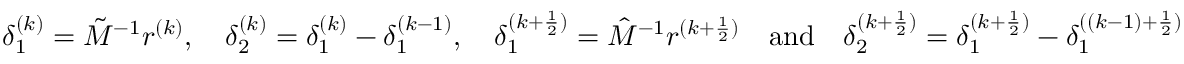
\delta _ { 1 } ^ { ( k ) } = \tilde { M } ^ { - 1 } r ^ { ( k ) } , \quad \delta _ { 2 } ^ { ( k ) } = \delta _ { 1 } ^ { ( k ) } - \delta _ { 1 } ^ { ( k - 1 ) } , \quad \delta _ { 1 } ^ { ( k + \frac { 1 } { 2 } ) } = \hat { M } ^ { - 1 } r ^ { ( k + \frac { 1 } { 2 } ) } \quad \mathrm { a n d } \quad \delta _ { 2 } ^ { ( k + \frac { 1 } { 2 } ) } = \delta _ { 1 } ^ { ( k + \frac { 1 } { 2 } ) } - \delta _ { 1 } ^ { ( ( k - 1 ) + \frac { 1 } { 2 } ) }